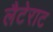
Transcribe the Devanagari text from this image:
लैटेराट